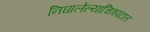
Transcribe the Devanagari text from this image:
निघालेल्याचित्रपटात